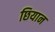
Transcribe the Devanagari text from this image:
छियान